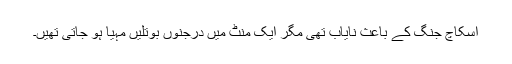
اسکاچ جنگ کے باعث نایاب تھی مگر ایک منٹ میں درجنوں بوتلیں مہیا ہو جاتی تھیں۔